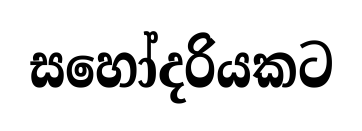
සහෝදරියකට